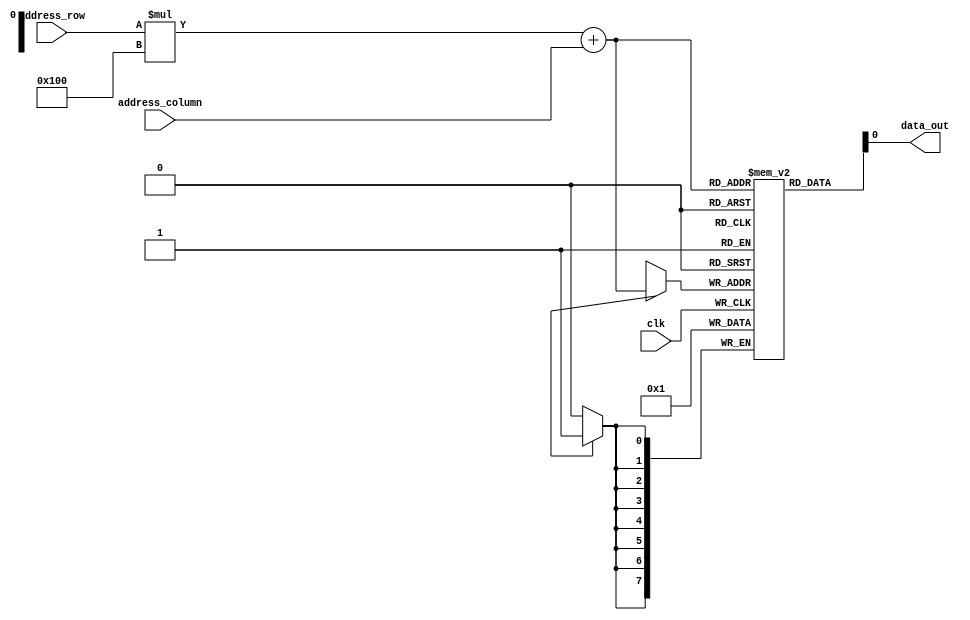
module AntiFuse_ROM (
    input wire clk,
    input wire [7:0] address_row,
    input wire [7:0] address_column,
    output reg data_out
);

reg [7:0] memory_array [0:255][0:255];

always @ (posedge clk) begin
    // Programming anti-fuse element
    if (programming_condition) begin
        memory_array[address_row][address_column] <= 1'b1;
    end
end

always @* begin
    // Reading data from ROM array
    data_out <= memory_array[address_row][address_column];
end

endmodule